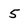
Character: 5